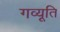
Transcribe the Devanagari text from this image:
गव्यूति